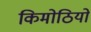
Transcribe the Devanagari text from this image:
किमोठियों